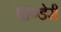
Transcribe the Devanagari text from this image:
पाण्डेरी